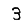
Digit: 3